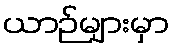
ယာဉ်များမှာ